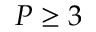
P \ge 3